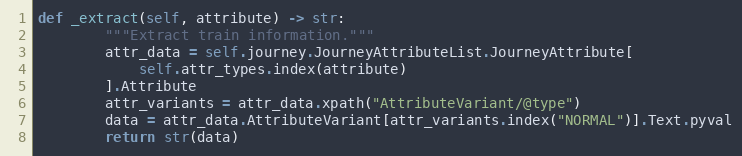
Language: Python
def _extract(self, attribute) -> str:
        """Extract train information."""
        attr_data = self.journey.JourneyAttributeList.JourneyAttribute[
            self.attr_types.index(attribute)
        ].Attribute
        attr_variants = attr_data.xpath("AttributeVariant/@type")
        data = attr_data.AttributeVariant[attr_variants.index("NORMAL")].Text.pyval
        return str(data)